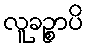
လူခဉ္စာပိ